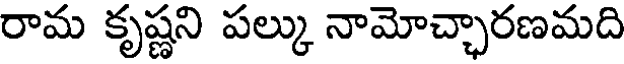
రామ కృష్ణని పల్కు నామోచ్చారణమది